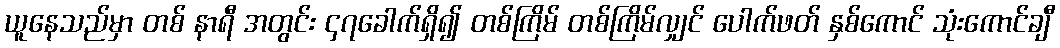
ယူနေသည်မှာ တစ် နာရီ အတွင်း ၄၇ခေါက်ရှိ၍ တစ်ကြိမ် တစ်ကြိမ်လျှင် ပေါက်ဖတ် နှစ်ကောင် သုံးကောင်ချီ